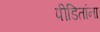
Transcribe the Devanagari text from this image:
पीडितांना